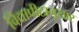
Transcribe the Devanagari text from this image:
विद्यापीठानुसार